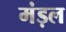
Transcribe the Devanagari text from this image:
मंड़ल